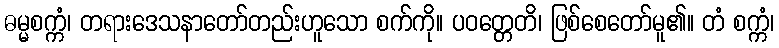
ဓမ္မစက္ကံ၊ တရားဒေသနာတော်တည်းဟူသော စက်ကို။ ပဝတ္တေတိ၊ ဖြစ်စေတော်မူ၏။ တံ စက္ကံ၊